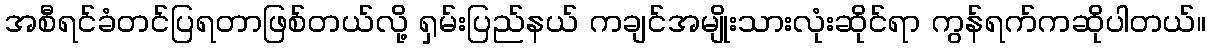
အစီရင်ခံတင်ပြရတာဖြစ်တယ်လို့ ရှမ်းပြည်နယ် ကချင်အမျိုးသားလုံးဆိုင်ရာ ကွန်ရက်ကဆိုပါတယ်။